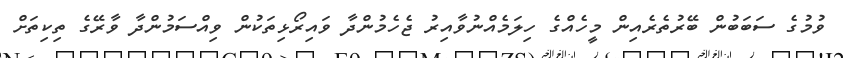
ވުމުގެ ސަބަބުން ބޭރުތެރެއިން މީހެއްގެ ހިލަމެއްނުވާއިރު ޖެހެމުންދާ ވައިރޯޅިތަކުން ވިއްސަމުންދާ ވާރޭގެ ތިކިތަށް